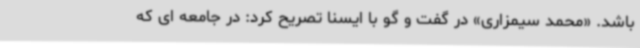
باشد. «محمد سیمزاری» در گفت و گو با ایسنا تصریح کرد: در جامعه ای که